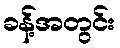
ခန့်အတွင်း